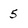
Character: 5